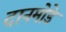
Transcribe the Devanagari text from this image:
दानमोडे